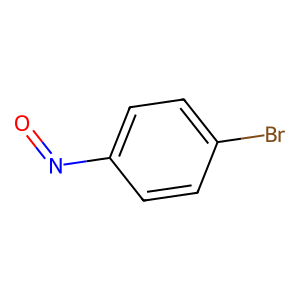
SMILES: O=Nc1ccc(Br)cc1
Inhibits HIV replication: No